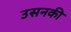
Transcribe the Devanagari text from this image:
उसनकी